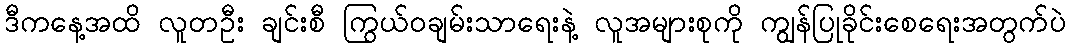
ဒီကနေ့အထိ လူတဦး ချင်းစီ ကြွယ်ဝချမ်းသာရေးနဲ့ လူအများစုကို ကျွန်ပြုခိုင်းစေရေးအတွက်ပဲ